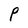
Character: P